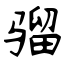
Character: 骝